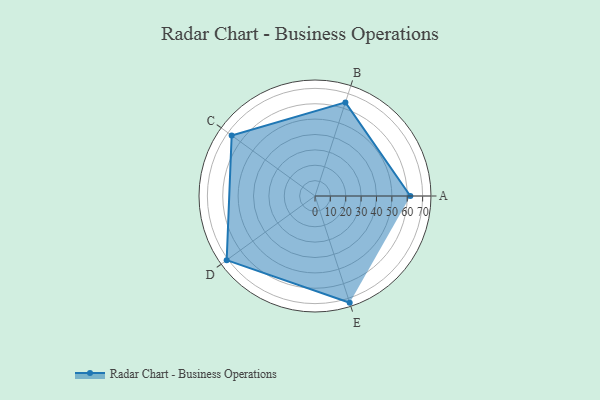
{"axis": {"x": "Skill", "y": "Score"}, "legend": ["Profile"], "data": [{"x": "A", "y": 62.0, "type": "Profile"}, {"x": "B", "y": 64.0, "type": "Profile"}, {"x": "C", "y": 67.0, "type": "Profile"}, {"x": "D", "y": 71.0, "type": "Profile"}, {"x": "E", "y": 73.0, "type": "Profile"}]}